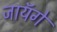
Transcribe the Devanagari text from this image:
जायॅगे